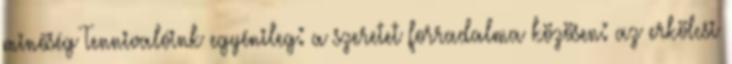
minőség Tennivalóink egyénileg: a szeretet forradalma közösen: az erkölcsi